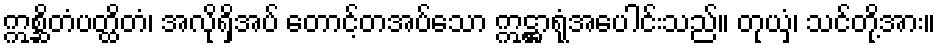
ဣစ္ဆိတံပတ္ထိတံ၊ အလိုရှိအပ် တောင့်တအပ်သော ဣဋ္ဌာရုံအပေါင်းသည်။ တုယှံ၊ သင်တို့အား။